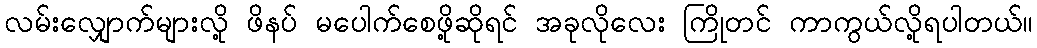
လမ်းလျှောက်များလို့ ဖိနပ် မပေါက်စေဖို့ဆိုရင် အခုလိုလေး ကြိုတင် ကာကွယ်လို့ရပါတယ်။